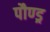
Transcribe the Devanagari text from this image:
पौण्ड्र